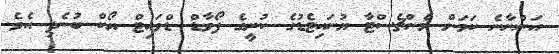
އަންނާނެ ކަމަށް މެންޗެސްޓާ ޔުނައިޓެޑުގެ ކުރީގެ ފޯވާޑް ޑްވައިޓް ޔޯކް ބުނެފި އެވެ.